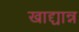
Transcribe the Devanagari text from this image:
खाद्द्यान्न